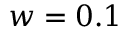
w = 0 . 1